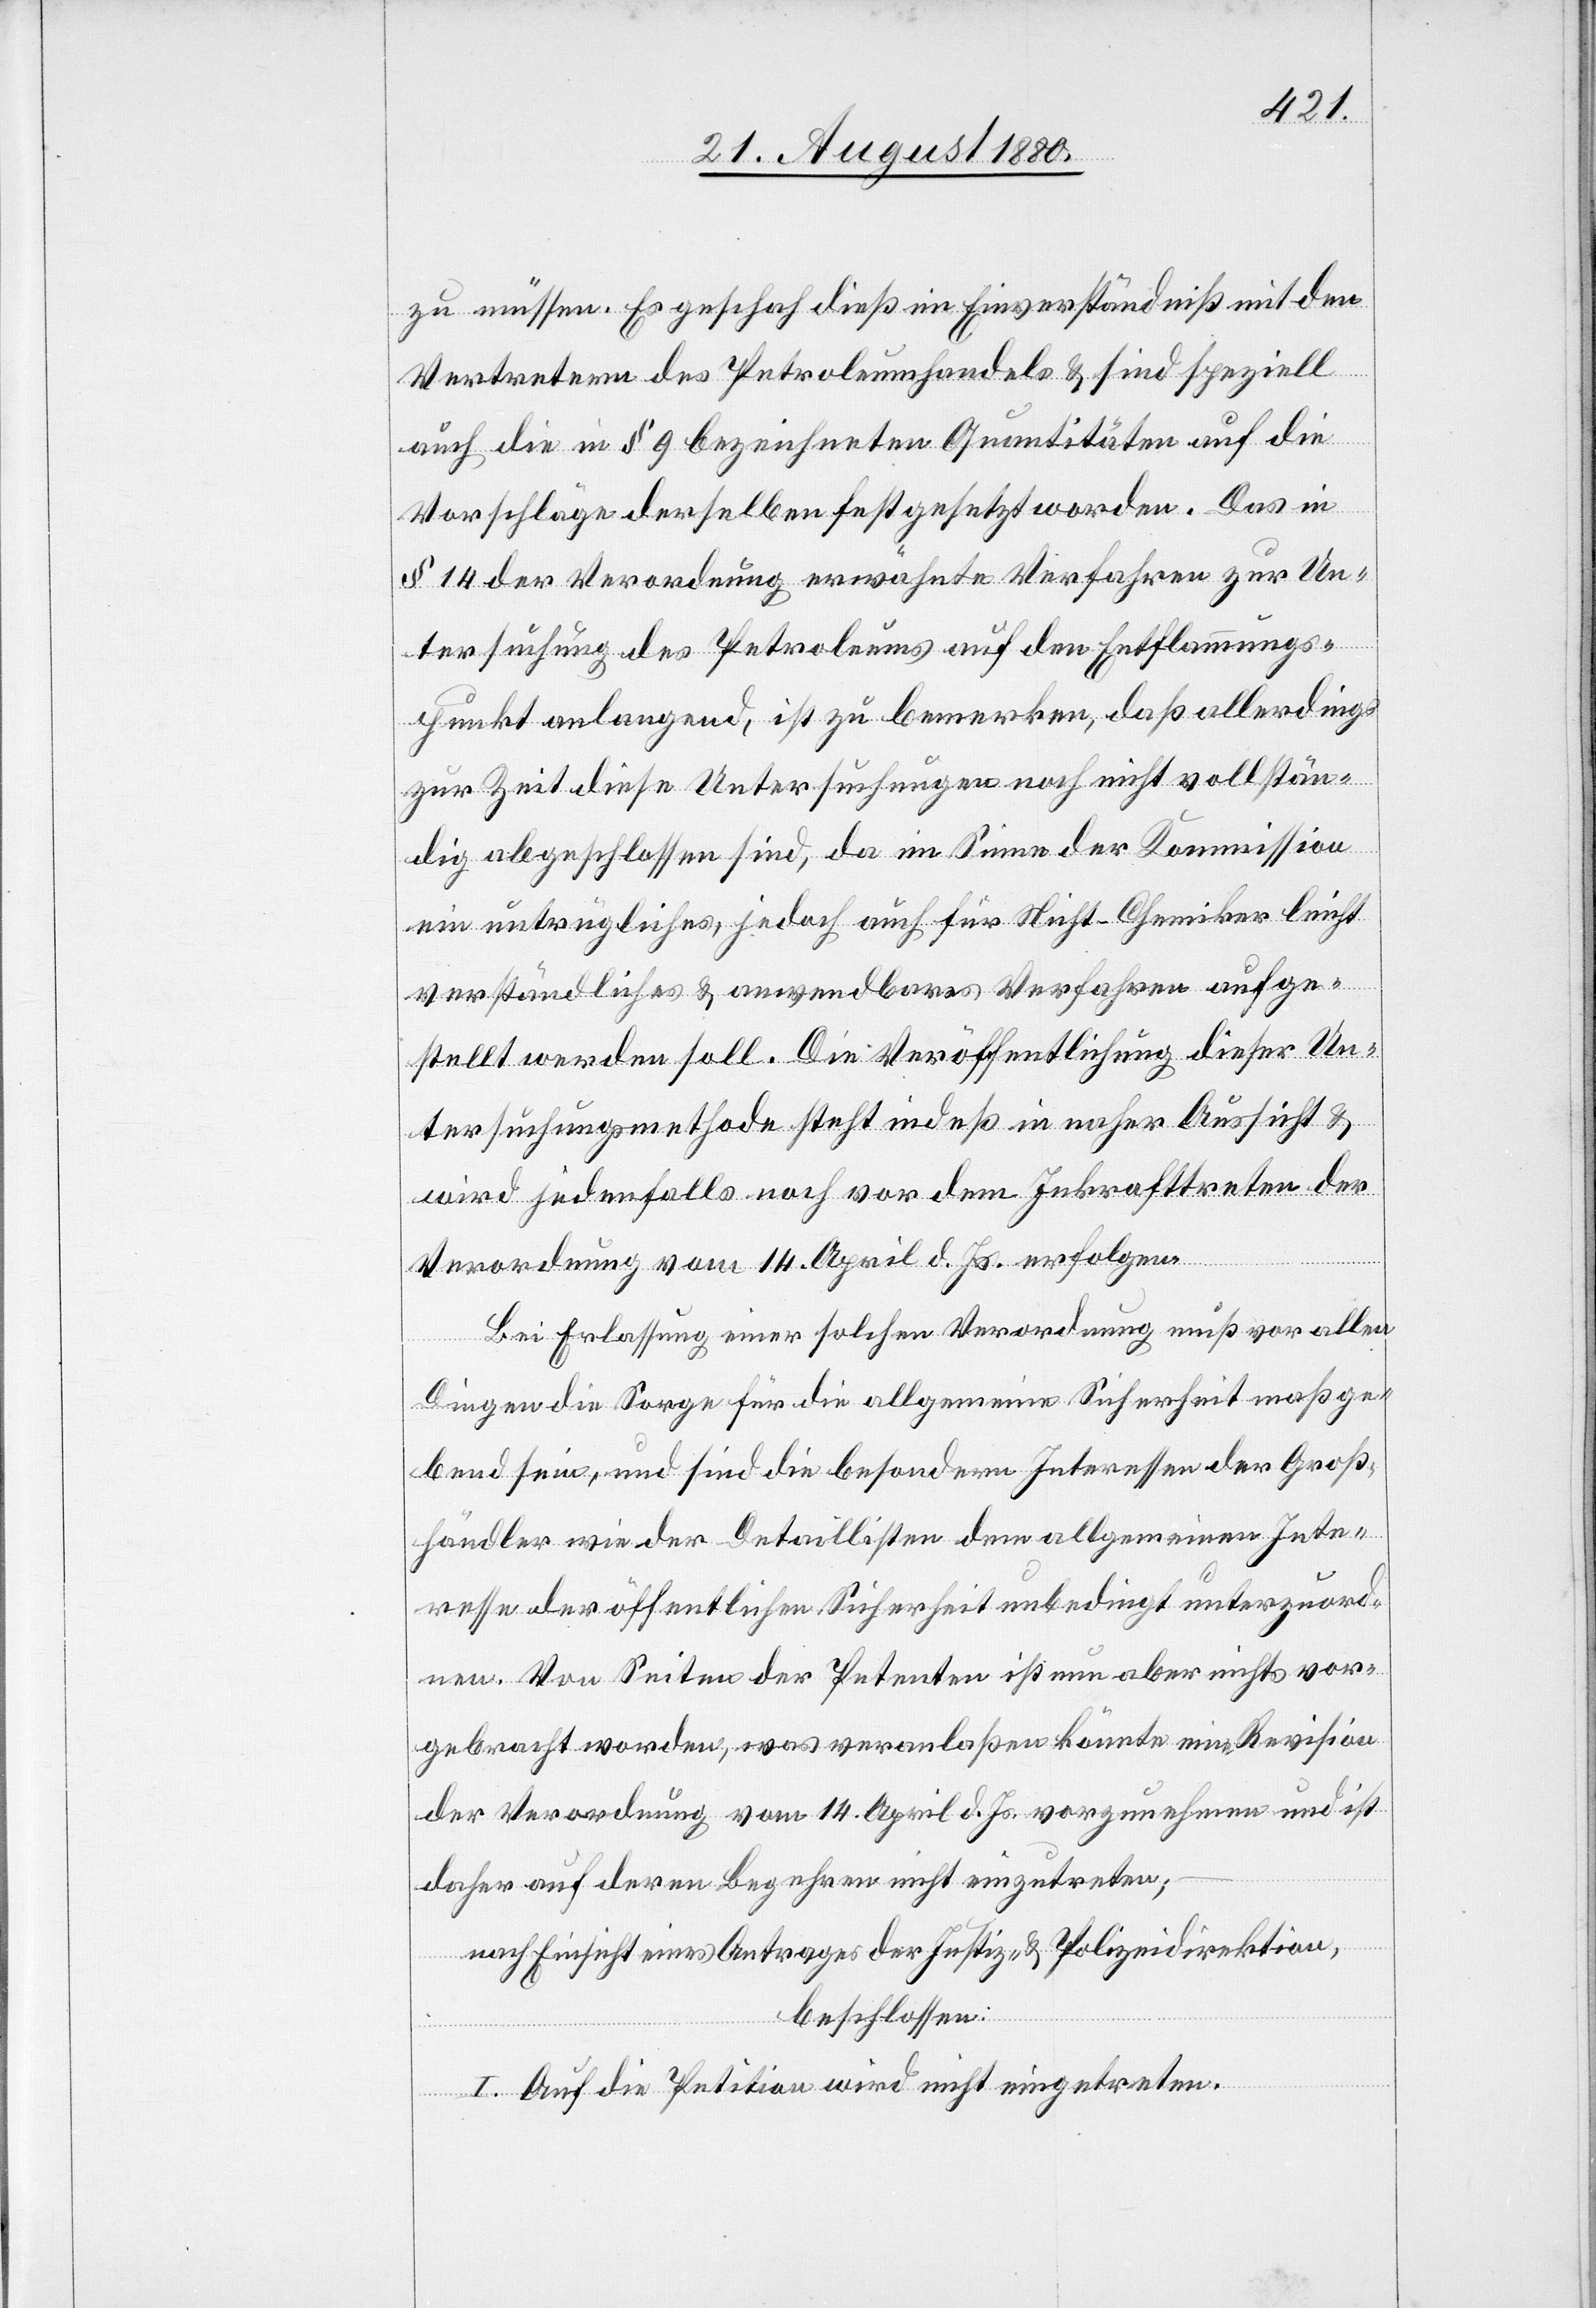
aufg¬
zu müssen. Es geschah dieß im Einverständniß mit den
Vertretern des Petroleumhandels & sind speziell
auch die in § 9 bezeichneten Quantitäten auf die
Vorschläge derselben festgesetzt worden. Das in
§ 14 der Verordnung erwähnte Verfahren zur Un¬
terstützung des Petroleums auf den Entflammungs¬
punkt anlangend, ist zu bemerken, daß allerdings
zur Zeit diese Untersuchungen noch nicht vollstän¬
dig abgeschlossen sind, da im Sinne der Kommission
estellt werden soll. Die Veröffentlichung dieser Un¬
tersuchungsmethode steht indeß in naher Aussicht &
wird jedenfalls noch vor dem Inkrafttreten der
Verordnung vom 14. April d. Js. erfolgen.
Bei Erlassung einer solchen Verordnung muß vor allen
Dingen die Sorge für die allgemeine Sicherheit maßge¬
bend sein, und sind die besonderen Interessen der Groß¬
händler wie der Detaillisten dem allgemeinen Inte¬
resse der öffentlichen Sicherheit unbedingt unterzuord¬
nen. Von Seiten der Petenten ist nun aber nichts vor¬
gebracht worden, was veranlaßen könnte eine Revision
der Verordnung vom 14. April d. Js. vorzunehmen und ist
daher auf deren Begehren nicht einzutreten;
nach Einsicht eines Antrages der Justiz- & Polizeidirektion,
beschlossen:
I. Auf die Petition wird nicht eingetreten.